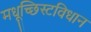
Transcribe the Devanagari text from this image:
मधूच्छिस्टविधान